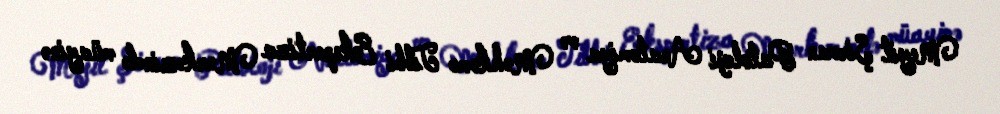
Meyit Şirvan Patoloji Anatomiya və Məhkəmə Tibbi Ekspertiza Mərkəzində müayinə